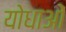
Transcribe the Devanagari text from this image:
योधाओं